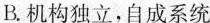
B.机构独立，自成系统